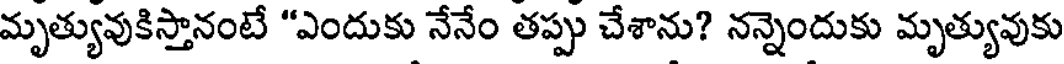
మృత్యువుకిస్తానంటే "ఎందుకు నేనేం తప్పు చేశాను? నన్నెందుకు మృత్యువుకు